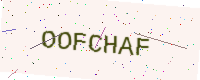
Text: OOFCHAF